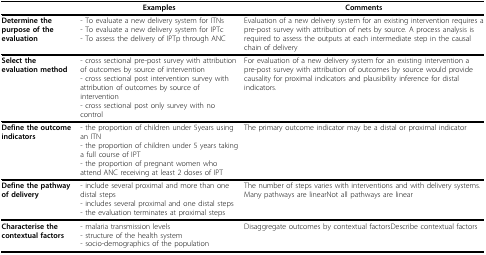
<table><thead><tr><td></td><td><b>Examples</b></td><td><b>Comments</b></td></tr></thead><tbody><tr><td><b>Determine the purpose of the evaluation</b></td><td>- To evaluate a new delivery system for ITNs- To evaluate a new delivery system for IPTc- To assess the delivery of IPTp through ANC</td><td>Evaluation of a new delivery system for an existing intervention requires a pre-post survey with attribution of nets by source. A process analysis is required to assess the outputs at each intermediate step in the causal chain of delivery</td></tr><tr><td><b>Select the evaluation method</b></td><td>- cross sectional pre-post survey with attribution of outcomes by source of intervention- cross sectional post intervention survey with attribution of outcomes by source of intervention- cross sectional post only survey with no control</td><td>For evaluation of a new delivery system for an existing intervention a pre-post survey with attribution of outcomes by source would provide causality for proximal indicators and plausibility inference for distal indicators. </td></tr><tr><td><b>Define the outcome indicators</b></td><td>- the proportion of children under 5years using an ITN- the proportion of children under 5 years taking a full course of IPT- the proportion of pregnant women who attend ANC receiving at least 2 doses of IPT</td><td>The primary outcome indicator may be a distal or proximal indicator</td></tr><tr><td><b>Define the pathway of delivery</b></td><td>- include several proximal and more than one distal steps- includes several proximal and one distal steps- the evaluation terminates at proximal steps</td><td>The number of steps varies with interventions and with delivery systems.Many pathways are linearNot all pathways are linear</td></tr><tr><td><b>Characterise the contextual factors </b></td><td>- malaria transmission levels- structure of the health system- socio-demographics of the population</td><td>Disaggregate outcomes by contextual factorsDescribe contextual factors</td></tr></tbody></table>